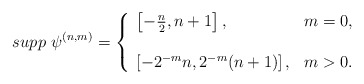
\begin{align*} supp \ \psi^{(n,m)}= \left \{ \begin{array}{ll}\left [-\frac n 2, n +1 \right], & m=0, \\ \\\left [-2^{-m}n, 2^{-m}(n+1) \right], & m>0. \end{array} \right. \end{align*}